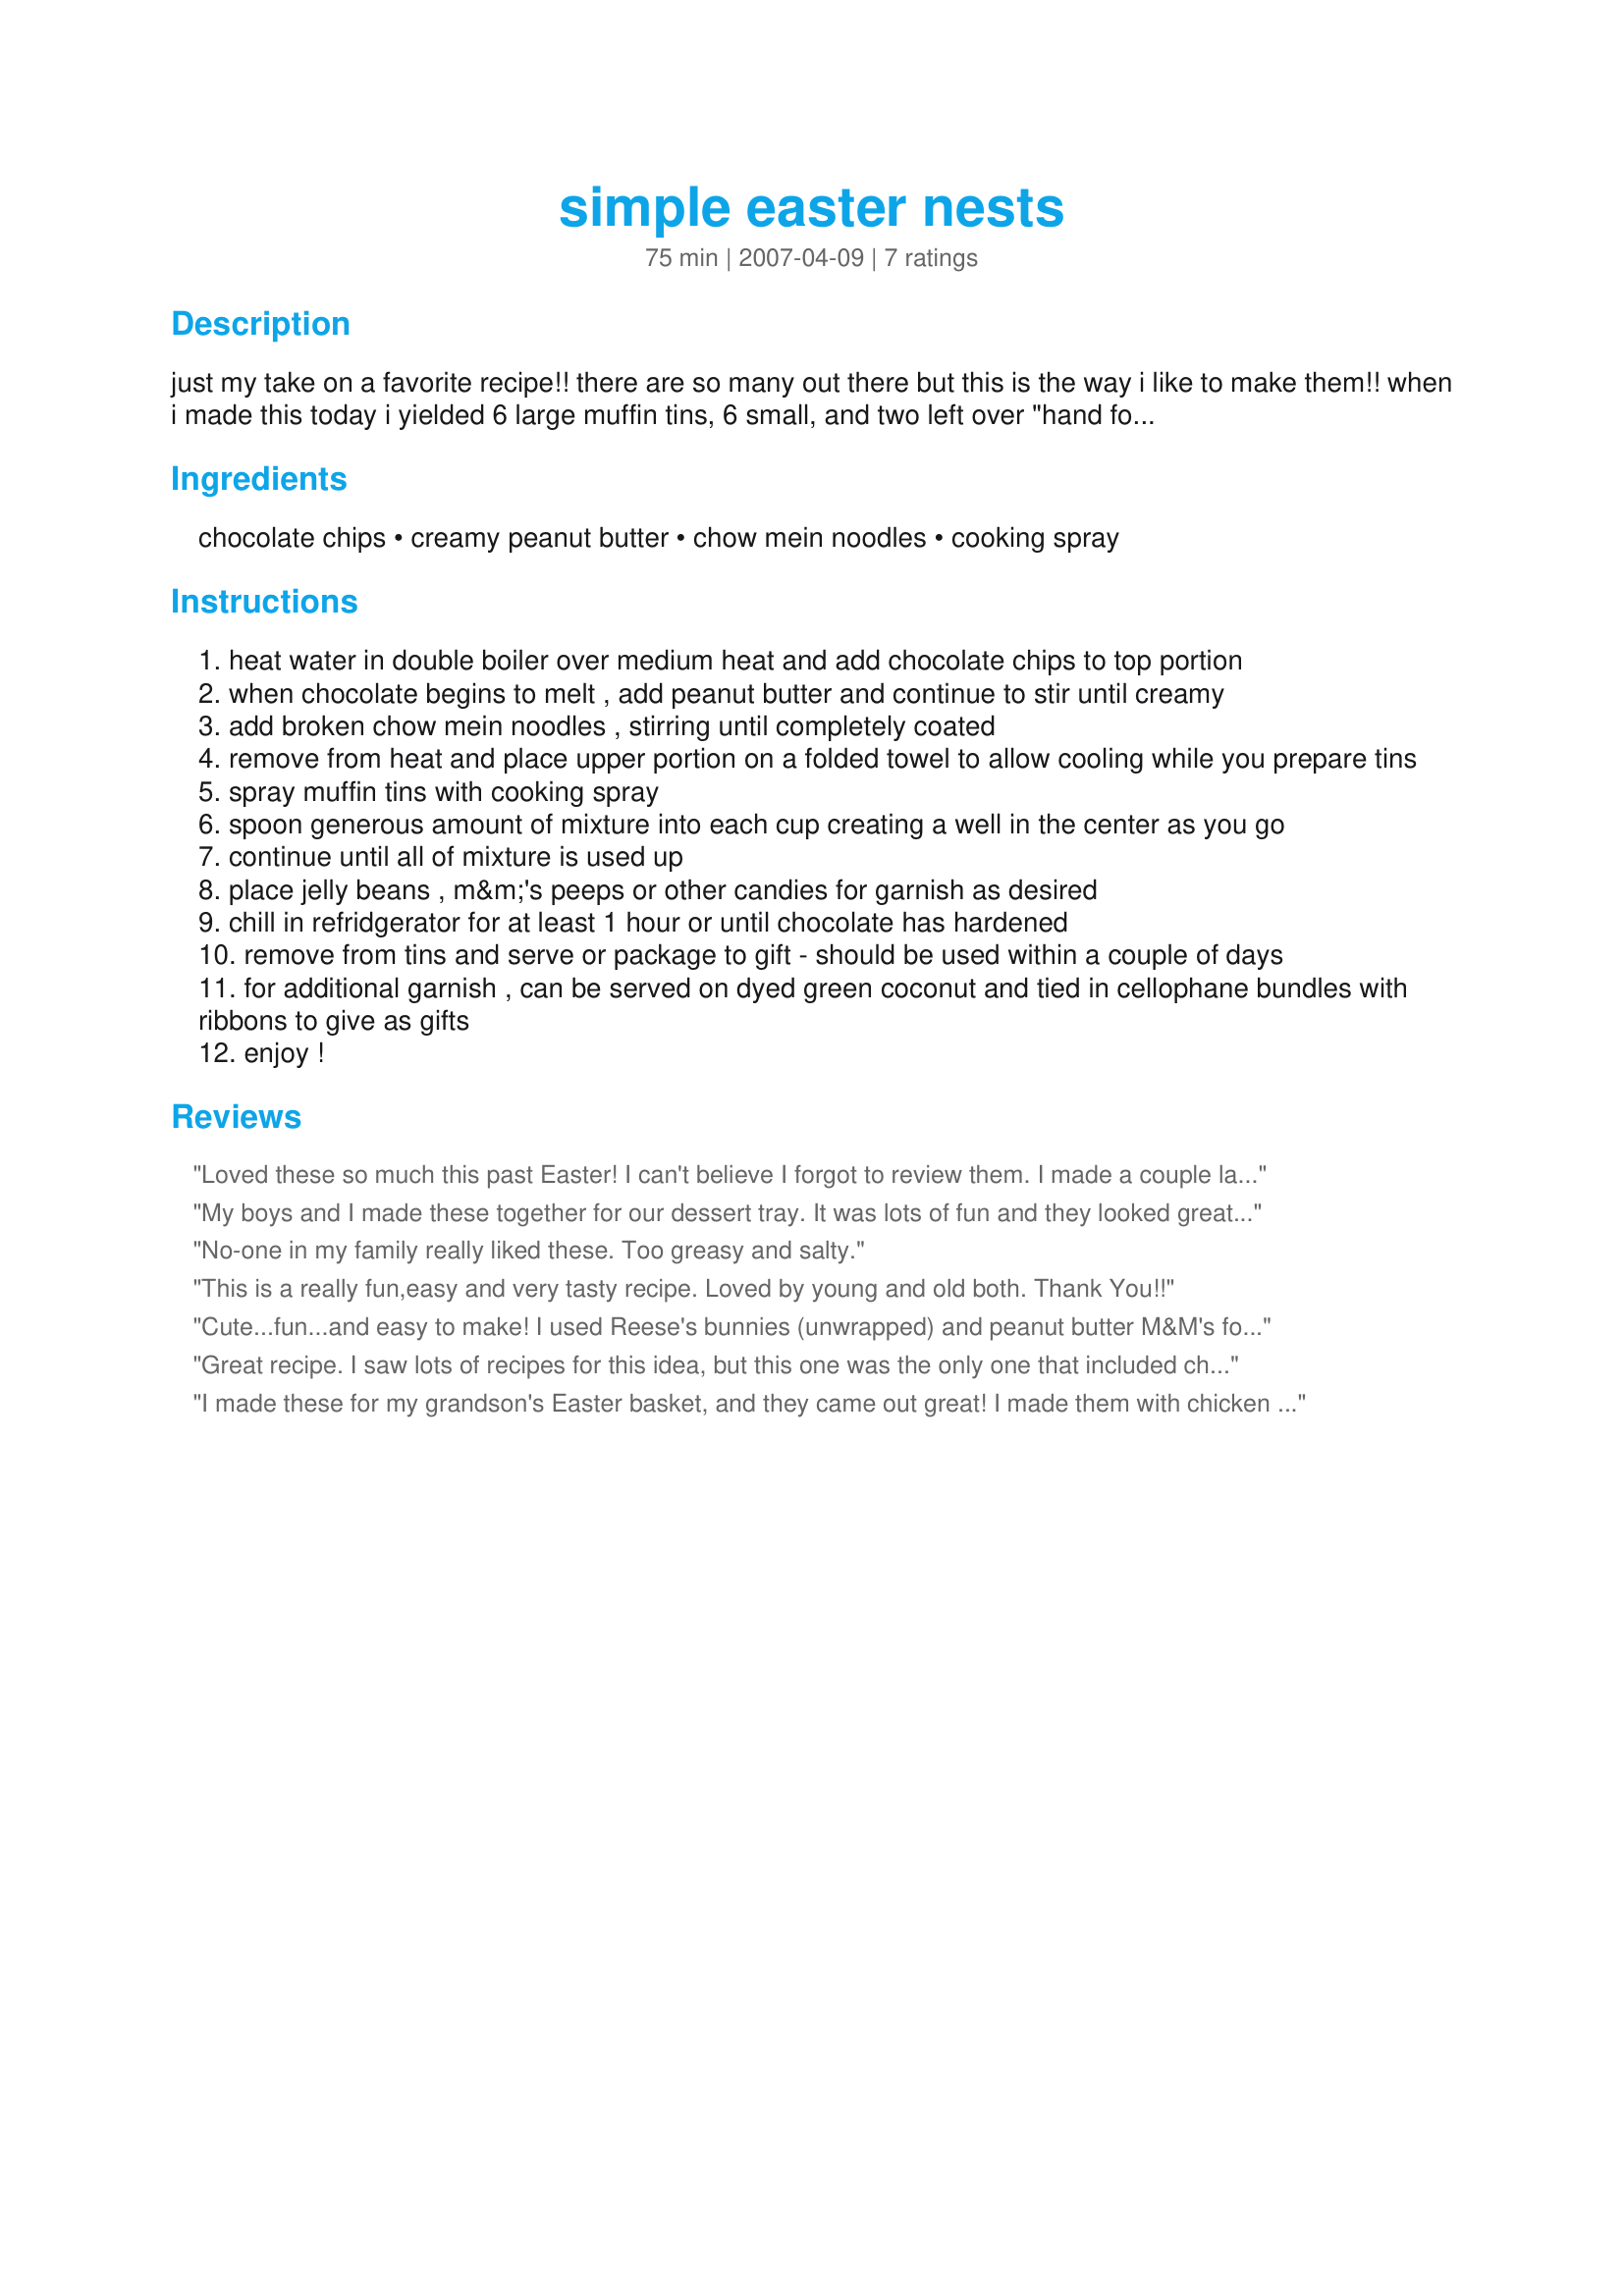
simple easter nests
Preparation time: 75 minutes

just my take on a favorite recipe!! there are so many out there but this is the way i like to make them!! when i made this today i yielded 6 large muffin tins, 6 small, and two left over "hand formed" nests. ;) total of 14 assorted sizes - depends on your pans what you will yield. cook time is chill time.

Ingredients:
chocolate chips, creamy peanut butter, chow mein noodles, cooking spray

Steps:
heat water in double boiler over medium heat and add chocolate chips to top portion
when chocolate begins to melt , add peanut butter and continue to stir until creamy
add broken chow mein noodles , stirring until completely coated
remove from heat and place upper portion on a folded towel to allow cooling while you prepare tins
spray muffin tins with cooking spray
spoon generous amount of mixture into each cup creating a well in the center as you go
continue until all of mixture is used up
place jelly beans , m&m's peeps or other candies for garnish as desired
chill in refridgerator for at least 1 hour or until chocolate has hardened
remove from tins and serve or package to gift - should be used within a couple of days
for additional garnish , can be served on dyed green coconut and tied in cellophane bundles with ribbons to give as gifts
enjoy !

Reviews:
Loved these so much this past Easter! I can't believe I forgot to review them. I made a couple large ones in a bigger muffin tin and then a full tin of the mini muffin ones. They all turned out so cute and delicious with the peanut M&M centers and they were tasty to boot! :) Thank you!
My boys and I made these together for our dessert tray. It was lots of fun and they looked great! Thanks for the cute idea!
No-one in my family really liked these. Too greasy and salty.
This is a really fun,easy and
very tasty recipe. Loved by
young and old both. Thank You!!
Cute...fun...and easy to make! I used Reese's bunnies (unwrapped) and peanut butter M&M's for decorations. Thanks for sharing!
Great recipe. I saw lots of recipes for this idea, but this one was the only one that included chocolate! The only thing I did differently was that I didn't form my nests in the muffin tin. I dropped them by generous spoonful onto wax paper so they were more "free-formed." I think they look much more natural that way. (See the pic I submitted.) I garnished with Peeps and M&M's speckled eggs.
I made these for my grandson's Easter basket, and they came out great! I made them with chicken and bunnies and used the speckled Cadbury Easter Eggs for the eggs in the basket. Very cute!
